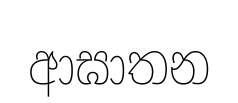
ආඝාතන